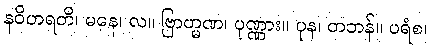
နဝိဟရတိ၊ မနေ၊ လ။ ဗြာဟ္မဏ၊ ပုဏ္ဏား။ ပုန၊ တဘန်။ ပရံစ၊